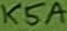
Text: K5A